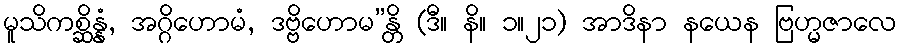
မူသိကစ္ဆိန္နံ, အဂ္ဂိဟောမံ, ဒဗ္ဗိဟောမ”န္တိ (ဒီ။ နိ။ ၁။၂၁) အာဒိနာ နယေန ဗြဟ္မဇာလေ